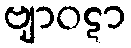
ဗျာဝဋာ